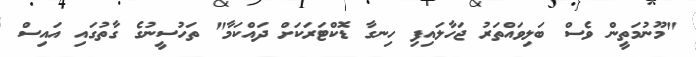
"މޫނުމަތީން ވެސް ބަލިވައްތަރު ޖަހާލައިފި ހިނގާ ޑޮކްޓަރަކަށް ދައްކަމާ" ތަހުސީނުގެ ގާތުގައި އައިސް